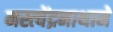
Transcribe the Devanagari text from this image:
मस्त्येंद्रनाथाने